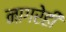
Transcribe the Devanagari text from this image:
नागरेही